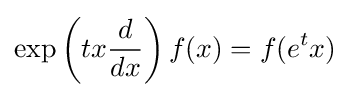
\exp \left(tx{\frac {d}{dx}}\right)f(x)=f(e^{t}x)